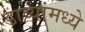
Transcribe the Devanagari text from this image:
डाव्यांमध्ये